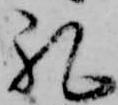
礼